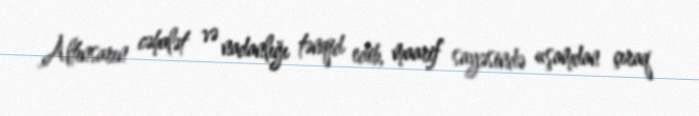
Altınsarın cəhalət və nadanlığı tənqid edib, maarif sayəsində «şamdan çıraq